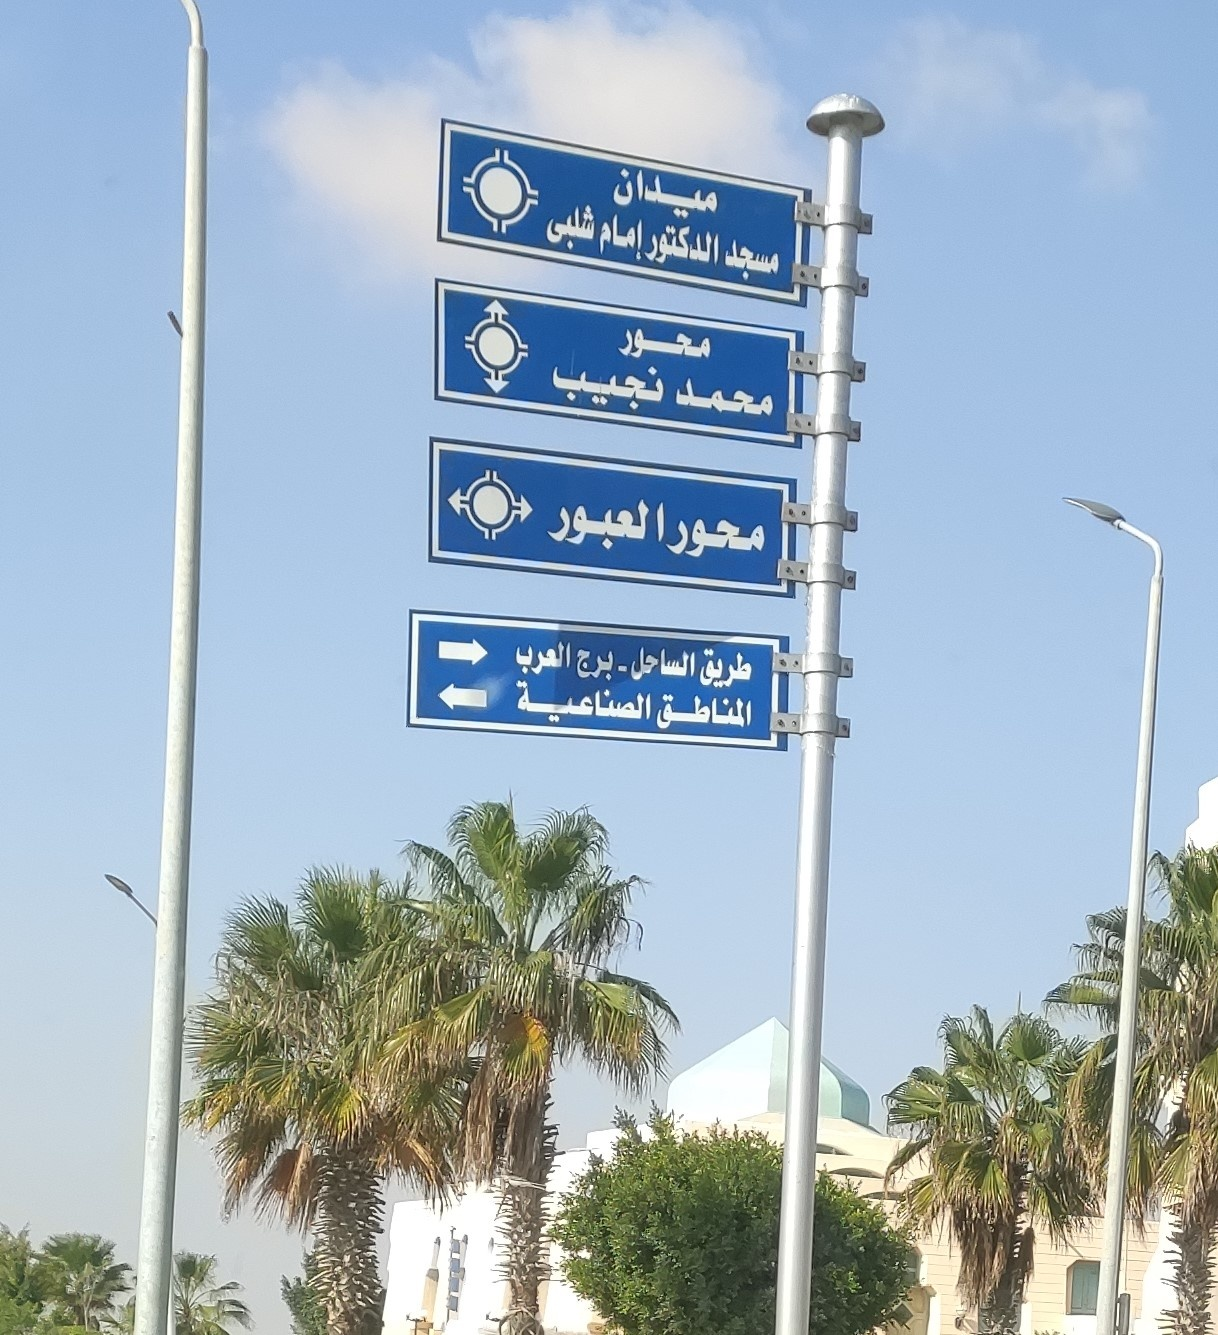
Text in image: ميدان شلبى إمام الدكتور مسجد محور نجيب محمد العبور محور العرب الساحل برج طريق الصناعية المناطق